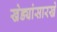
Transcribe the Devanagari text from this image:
खेड्यांसारखे